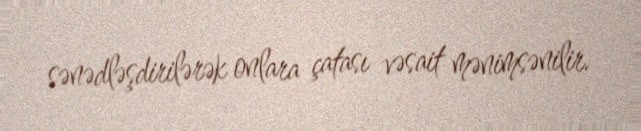
sənədləşdirilərək onlara çatası vəsait mənimsənilir.